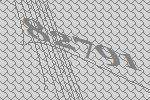
82791